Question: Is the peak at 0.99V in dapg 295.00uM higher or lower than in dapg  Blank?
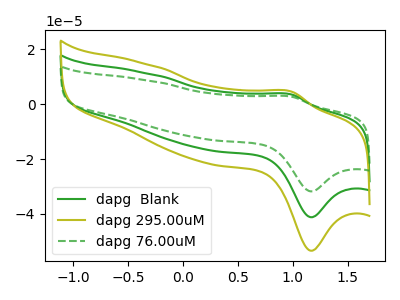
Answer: <think>The green curve "dapg  Blank" has an anodic peak at (1.00V, 3.50uA) and a cathodic peak at (1.15V, -41.20uA). The olive curve "dapg 295.00uM" has an anodic peak at (1.00V, 7.00uA) and a cathodic peak at (1.15V, -82.40uA). The green dashed curve "dapg 76.00uM" has an anodic peak at (1.00V, 2.70uA) and a cathodic peak at (1.15V, -31.80uA).</think>
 <answer>The peak at 0.99V is higher in "dapg 295.00uM" than in "dapg  Blank".</answer>
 <eval>higher</eval>